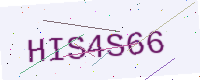
Text: HIS4S66